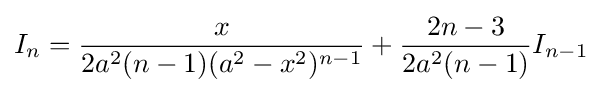
I_{n}={\frac {x}{2a^{2}(n-1)(a^{2}-x^{2})^{n-1}}}+{\frac {2n-3}{2a^{2}(n-1)}}I_{n-1}\,\!